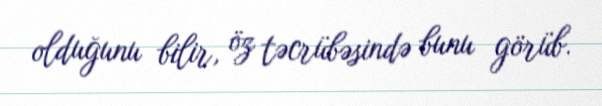
olduğunu bilir, öz təcrübəsində bunu görüb.